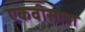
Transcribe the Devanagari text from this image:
एकवीसावा